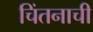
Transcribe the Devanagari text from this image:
चिंतनाची